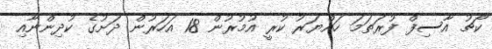
ކޯޗު އާސިފް ފުރަތަމަ ހައްޔަރު ކުރީ އުމުރުން 18 އަހަރުން ދަށުގެ ކުދިންނާއި